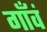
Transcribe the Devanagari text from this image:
गाँवं